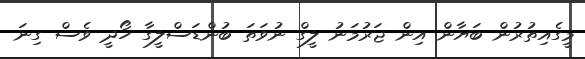
މީގެއިތުރުން ބަޔާން އިން ޖަރުމަނު ލީގް ނުވަތަ ބުންޑަސްލީގާ ހޯދީ ވެސް ގިނަ